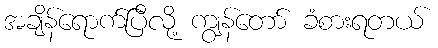
အချိန်ရောက်ပြီလို့ ကျွန်တော် ခံစားရတယ်